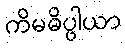
ကိမဓိပ္ပါယာ